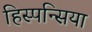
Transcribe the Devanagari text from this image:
हिस्पन्सिया